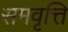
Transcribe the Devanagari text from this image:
समवृत्ति